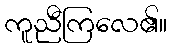
ကူညီကြလေ၏။